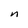
Character: n